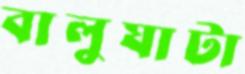
বালুঘাটা